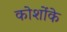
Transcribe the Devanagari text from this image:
कोशोंके